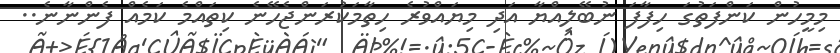
މިމީހުން ކަންފަތުގަ ހިފާފަ ނުބޭލިއްޔާ އަދި މިޔައްވުރެ ހިތާމަކުރަންޖެހޭނެ ކިތައްމެ ކަމެއް ފެންނާނެ..